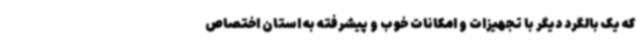
که یک بالگرد دیگر با تجهیزات و امکانات خوب و پیشرفته به استان اختصاص